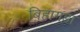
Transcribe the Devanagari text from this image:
बिहागड़ा